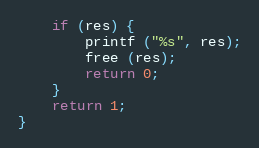
Language: C
	if (res) {
		printf ("%s", res);
		free (res);
		return 0;
	}
	return 1;
}